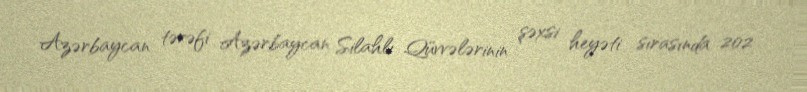
Azərbaycan tərəfi Azərbaycan Silahlı Qüvvələrinin şəxsi heyəti sırasında 202